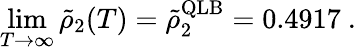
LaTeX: \operatorname*{lim}_{T\to\infty}\tilde{\rho}_{2}(T)=\tilde{\rho}_{2}^{\mathrm{QLB}}=0.4917~.